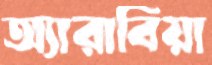
অ্যারাবিয়া